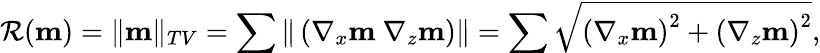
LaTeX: \mathcal{R}(\mathbf{m})=\| \mathbf{m}\| _{TV}=\sum\| \left(\nabla_{x}\mathbf{m}~\nabla_{z}\mathbf{m}\right)\| =\sum\sqrt{\left(\nabla_{x}\mathbf{m}\right)^{2}+\left(\nabla_{z}\mathbf{m}\right)^{2}},